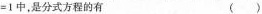
=1中，是分式方程的()